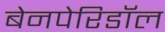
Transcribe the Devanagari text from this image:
बेनपेरिडॉल